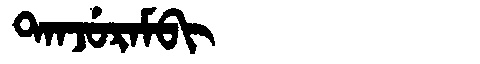
Manchu: ᡨᠠᠨᠵᡠᡵᠠᠮᠪᡳ
Romanization: TANJURAMBI